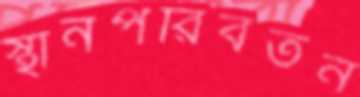
স্থানপরিবর্তন